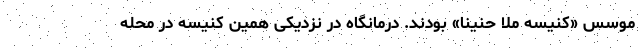
موسس «کنیسه ملا حنینا» بودند. درمانگاه در نزدیکی همین کنیسه در محله